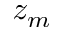
z _ { m }